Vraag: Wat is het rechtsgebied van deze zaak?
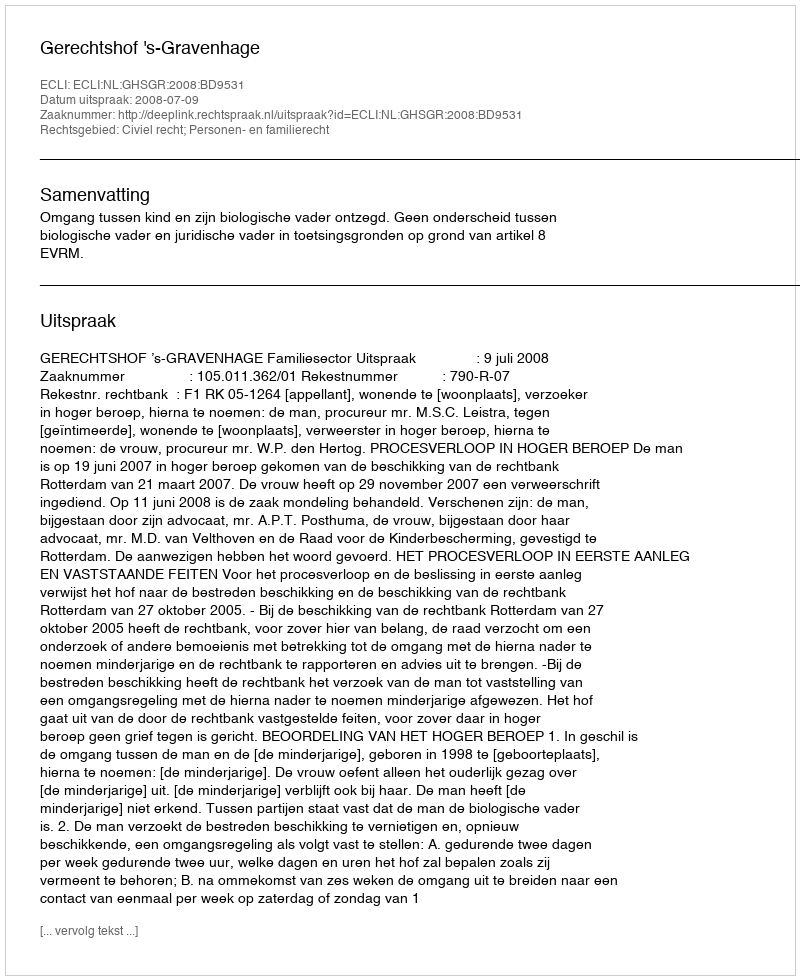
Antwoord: Civiel recht; Personen- en familierecht